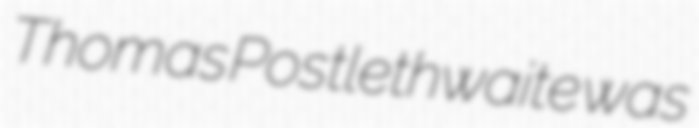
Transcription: Thomas Postlethwaite was